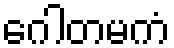
ဂေါတမကံ